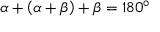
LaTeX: \alpha + \left( \alpha + \beta \right) + \beta = 1 8 0 ^ { \circ }